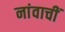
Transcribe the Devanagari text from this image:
नांवाचीं